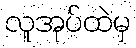
လူအုပ်ထဲမှ